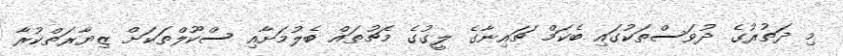
މި ދަތުރުގެ ދުވަސްތަކުގައި ބެކަމް ޗައިނާގެ ލީގުގެ މެޗުތައް ބެލުމަށާއި ސްކޫލްތަކަށް ޒިޔާރަތްކުރާ